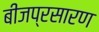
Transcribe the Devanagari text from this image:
बीजप्रसारण